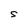
Character: S